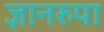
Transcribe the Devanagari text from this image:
ज्ञानरुपा